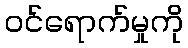
ဝင်ရောက်မှုကို